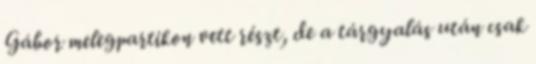
Gábor melegpartikon vett részt, de a tárgyalás után csak